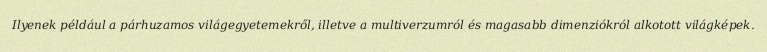
Ilyenek például a párhuzamos világegyetemekről, illetve a multiverzumról és magasabb dimenziókról alkotott világképek.